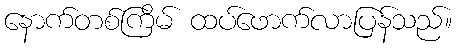
နောက်တစ်ကြိမ် ထပ်ဖောက်လာပြန်သည်။